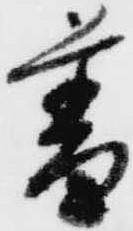
普